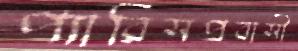
প্যারিসপ্রবাসী